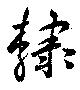
隷